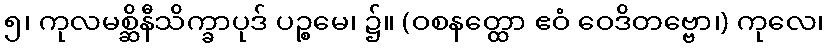
၅၊ ကုလမစ္ဆိနီသိက္ခာပုဒ် ပဉ္စမေ၊ ၌။ (ဝစနတ္ထော ဧဝံ ဝေဒိတဗ္ဗော၊) ကုလေ၊